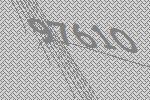
97610